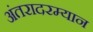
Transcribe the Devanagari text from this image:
अंतरादरम्यान